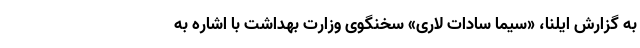
به گزارش ایلنا، «سیما سادات لاری» سخنگوی وزارت بهداشت با اشاره به